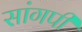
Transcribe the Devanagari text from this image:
सांगपी